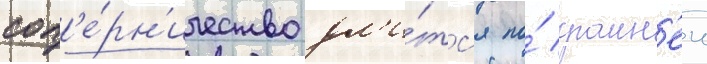
соп'е́рн'ичество дл'и́тс'я по́ краин'еи